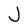
Character: J